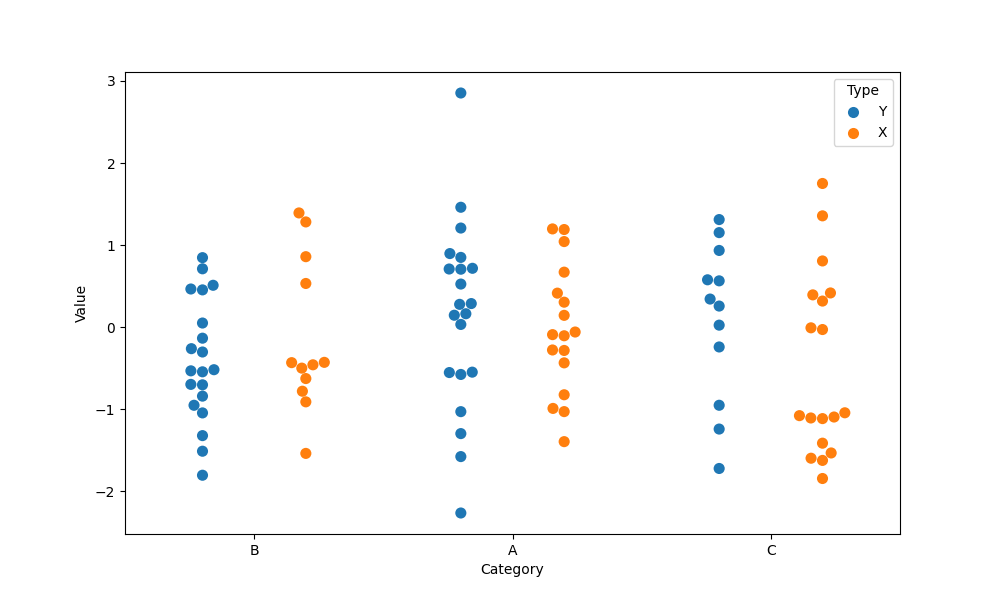
python, seaborn, swarmplot, dodge=True, alpha=1.0, size=8